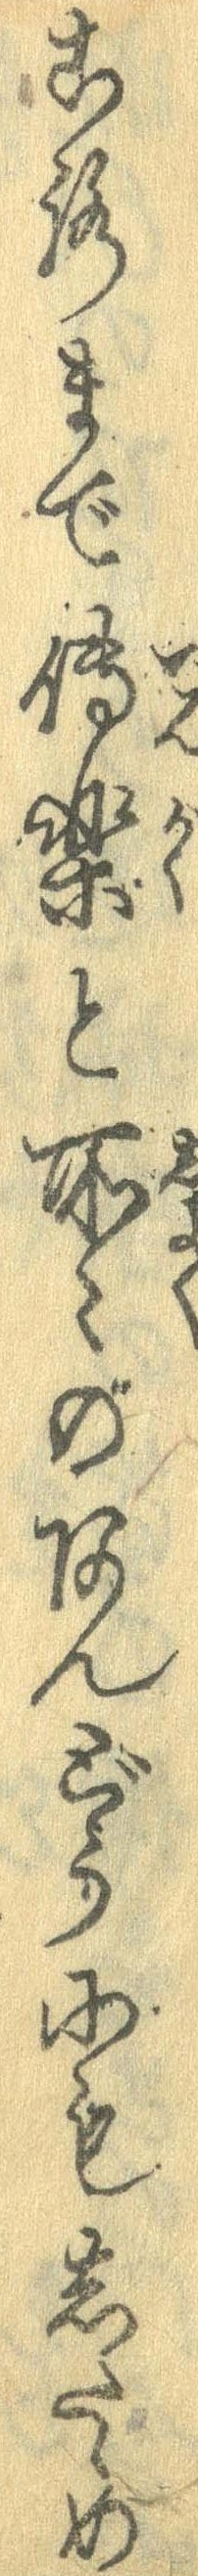
ころまで伝楽と所々あんどうにもしたゝめ